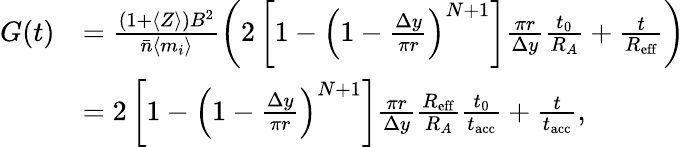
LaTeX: \begin{array}{rl}{G(t)}&{=\frac{(1+\langle Z\rangle)B^{2}}{\bar{n}\langle m_{i}\rangle}\left(2\left[1-\left(1-\frac{\Delta y}{\pi r}\right)^{N+1}\right]\frac{\pi r}{\Delta y}\frac{t_{0}}{R_{A}}+\frac{t}{R_{\mathrm{eff}}}\right)}\\ &{=2\left[1-\left(1-\frac{\Delta y}{\pi r}\right)^{N+1}\right]\frac{\pi r}{\Delta y}\frac{R_{\mathrm{eff}}}{R_{A}}\frac{t_{0}}{t_{\mathrm{acc}}}+\frac{t}{t_{\mathrm{acc}}},}\end{array}